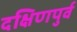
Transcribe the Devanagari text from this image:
दक्षिणपुर्व